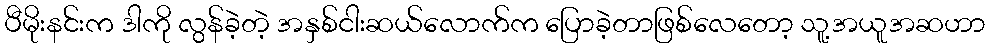
ပီမိုးနင်းက ဒါကို လွန်ခဲ့တဲ့ အနှစ်ငါးဆယ်လောက်က ပြောခဲ့တာဖြစ်လေတော့ သူ့အယူအဆဟာ